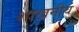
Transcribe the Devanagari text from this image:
शाखनीय